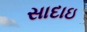
સાદાઇ